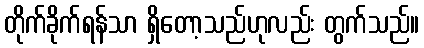
တိုက်ခိုက်ရန်သာ ရှိတော့သည်ဟုလည်း တွက်သည်။